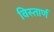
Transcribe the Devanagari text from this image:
विस्तार्ण